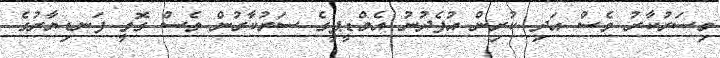
މިސަރުކާރު ވެސް އަދި ކުރިން އުފެދުނު އެމްޑީޕީގެ ސަރުކާރުން ވެސް ގޮވީ ފަނޑިޔާރުގެ